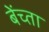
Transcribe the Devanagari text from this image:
बेंच्ता